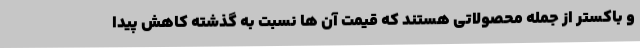
و باکستر از جمله محصولاتی هستند که قیمت آن ها نسبت به گذشته کاهش پیدا